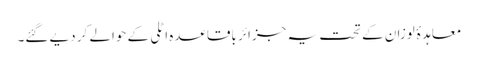
معاہدۂ لوزان کے تحت یہ جزائر باقاعدہ اٹلی کے حوالے کر دیے گئے۔